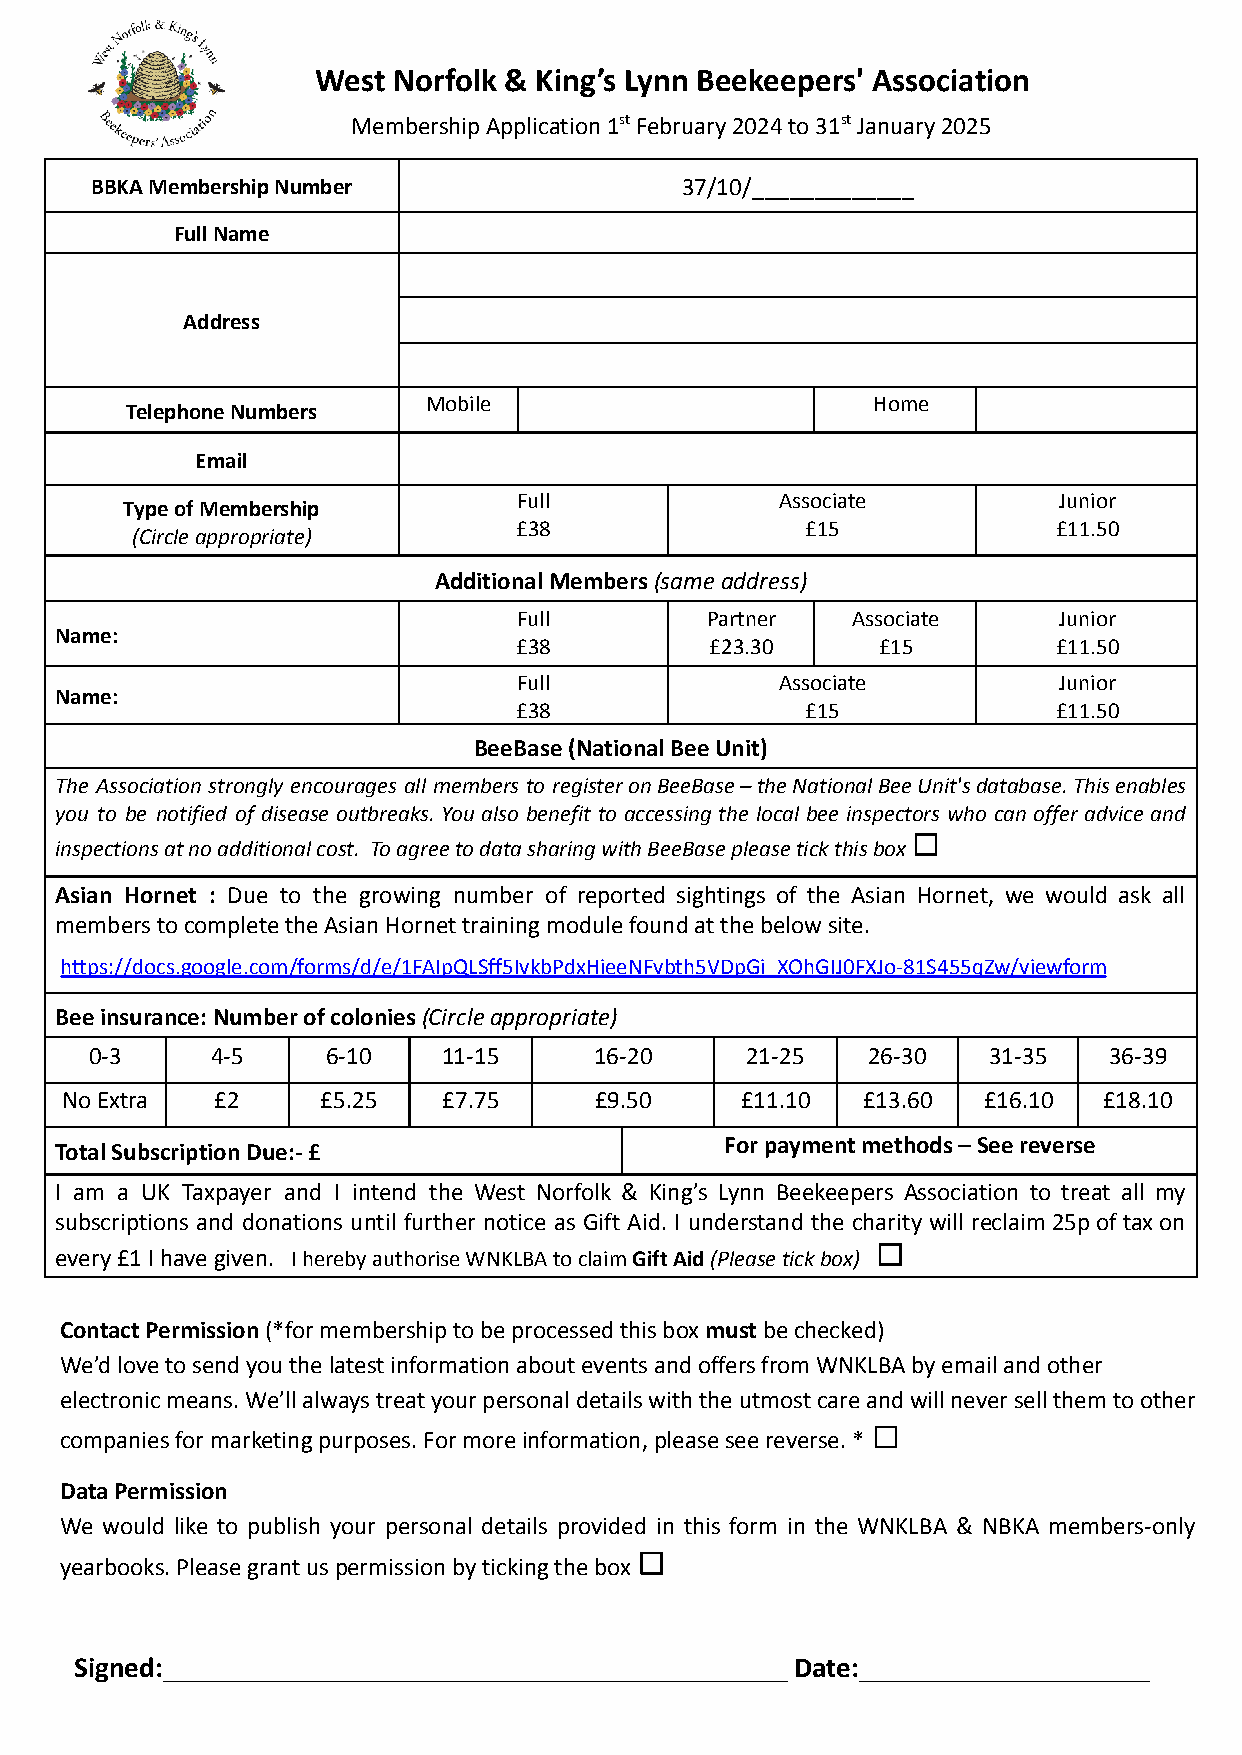
West Norfolk & King’s Lynn Beekeepers' Association
 MembershipApplication1stFebruary2024to31stJanuary2025
 BBKAMembershipNumber                   37/10/_____________
 FullName
 Address
 Mobile                        Home
 TelephoneNumbers
 Email
 Full              Associate         Junior
 TypeofMembership
 £38                £15              £11.50
 (Circleappropriate)
 AdditionalMembers(sameaddress)
 Full         Partner  Associate     Junior
 Name:
 £38          £23.30     £15         £11.50
 Full              Associate         Junior
 Name:
 £38                £15              £11.50
 BeeBase(NationalBeeUnit)
 The Association strongly encourages all members to registeronBeeBase–theNationalBeeUnit'sdatabase.Thisenables
 you to be notified of disease outbreaks. You also benefit to accessing the local bee inspectors who can offer advice and
 ☐
 inspectionsatnoadditionalcost. ToagreetodatasharingwithBeeBasepleasetickthisbox
 Asian Hornet : Due to the growing number of reported sightings of the Asian Hornet, we would ask all
 memberstocompletetheAsianHornettrainingmodulefoundatthebelowsite.
 https://docs.google.com/forms/d/e/1FAIpQLSff5IvkbPdxHieeNFvbth5VDpGi_XOhGIJ0FXJo-81S455qZw/viewform
 Beeinsurance:Numberofcolonies(Circleappropriate)
 0-3     4-5     6-10   11-15     16-20     21-25   26-30   31-35   36-39
 NoExtra   £2     £5.25   £7.75     £9.50     £11.10  £13.60  £16.10  £18.10
 Forpaymentmethods–Seereverse
 TotalSubscriptionDue:-£
 I am a UK Taxpayer and I intend the West Norfolk & King’s Lynn Beekeepers Association to treat all my
 subscriptions and donations until further notice as Gift Aid. I understand the charity will reclaim25poftaxon
 ☐
 every£1Ihavegiven. IherebyauthoriseWNKLBAtoclaimGiftAid(Pleasetickbox)
 ContactPermission(*formembershiptobeprocessedthisboxmustbechecked)
 We’dlovetosendyouthelatestinformationabouteventsandoffersfromWNKLBAbyemailandother
 electronicmeans.We’llalwaystreatyourpersonaldetailswiththeutmostcareandwillneversellthemtoother
 ☐
 companiesformarketingpurposes.Formoreinformation,pleaseseereverse.*
 DataPermission
 We would like to publish your personal details provided in this form in the WNKLBA & NBKA members-only
 ☐
 yearbooks.Pleasegrantuspermissionbytickingthebox
 Signed:___________________________________________ Date:____________________